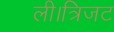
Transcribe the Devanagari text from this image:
ली।त्रिजट